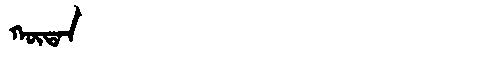
Manchu: ᡴᡡᡨᠠᠨ
Romanization: KŪTAN